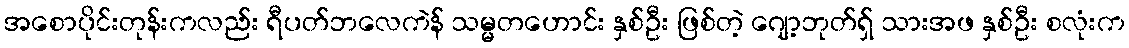
အစောပိုင်းတုန်းကလည်း ရီပတ်ဘလေကဲန် သမ္မတဟောင်း နှစ်ဦး ဖြစ်တဲ့ ဂျော့ဘုတ်ရှ် သားအဖ နှစ်ဦး စလုံးက